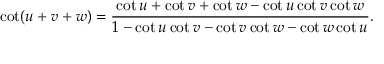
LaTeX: \cot ( u + v + w ) = { \frac { \cot u + \cot v + \cot w - \cot u \cot v \cot w } { 1 - \cot u \cot v - \cot v \cot w - \cot w \cot u } } .